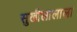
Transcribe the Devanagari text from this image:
सुखीलालाला